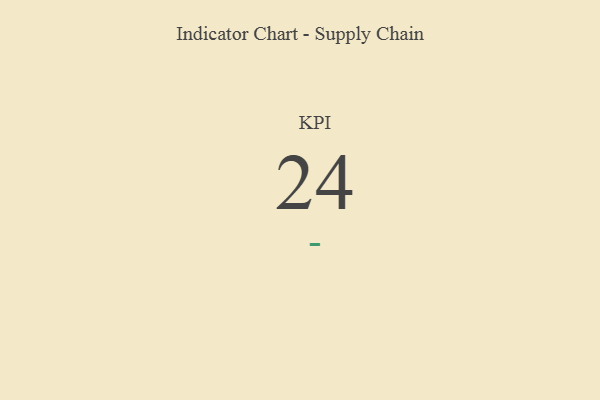
{"axis": {"x": "KPI", "y": "Value"}, "legend": [""], "data": [{"x": "KPI", "y": 24, "type": ""}]}